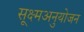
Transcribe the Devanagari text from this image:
सूक्ष्मअनुयोजन